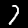
Label: 7